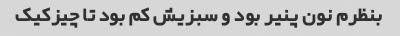
بنظرم نون پنیر بود و سبزیش کم بود تا چیزکیک